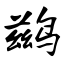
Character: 鹚